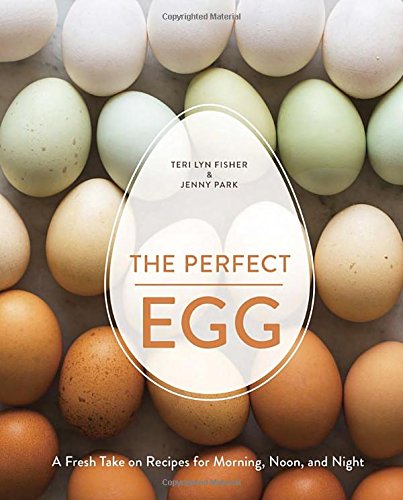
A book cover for The Perfect Egg: A Fresh Take on Recipes for Morning, Noon, and Night; Teri Lyn Fisher; Cookbooks, Food & Wine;